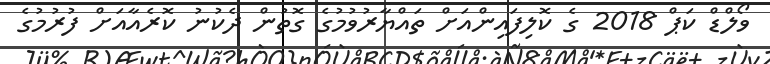
ވޯލްޑް ކަޕް 2018 ގެ ކޮލިފައިންއަށް ތައްޔާރުވުމުގެ ގޮތުން ދެކުނު ކޮރެއާއަށް ފުރުމުގެ